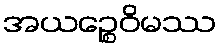
အယဉ္စေဝိမဿ